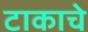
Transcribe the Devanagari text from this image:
टाकाचे